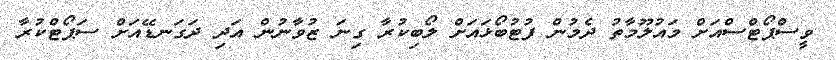
ވީސްޕޯޓްސްއަށް މައުލޫމާތު ދެމުން ފުޓުބޯޅައަށް ލޯބިކުރާ ގިނަ ޒުވާނުން އަދި ދަގަނޑޭއަށް ސަޕޯޓްކުރާ